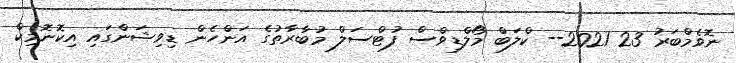
ނޮވެމްބަރު 23 2021-- ކްލަބް މޯލްޑިވްސް ފުޓްސަލް މުބާރާތުގެ އަންހެން ޑިވިޝަންގައި އިކޮނޮމިކް